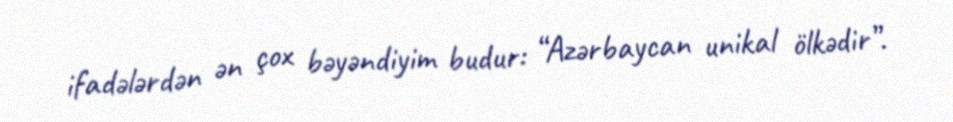
ifadələrdən ən çox bəyəndiyim budur: “Azərbaycan unikal ölkədir”.